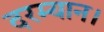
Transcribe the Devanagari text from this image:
दरम्यान।